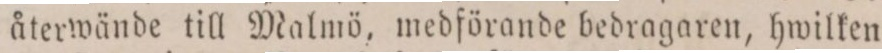
återwände till Malmö, medförande bedragaren, hwilken